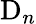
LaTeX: \mathrm{D}_{n}